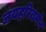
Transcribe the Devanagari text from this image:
जयहरिवर्मन